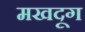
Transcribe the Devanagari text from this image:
मखदूग